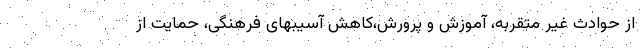
از حوادث غیر متقربه، آموزش و پرورش،‌کاهش آسیبهای فرهنگی، حمایت از